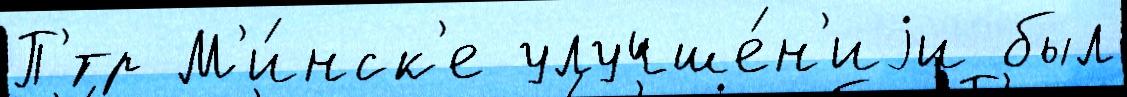
П'́тр М'и́нск'е улучше́н'иjи был